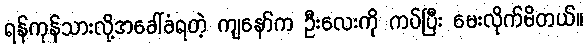
ရန်ကုန်သားလို့အခေါ်ခံရတဲ့ ကျနော်က ဦးလေးကို ကပ်ပြီး မေးလိုက်မိတယ်။